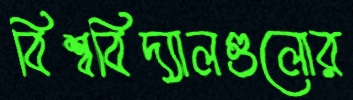
বিশ্ববিদ্যালগুলোর